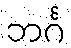
ဘင်္ဂ